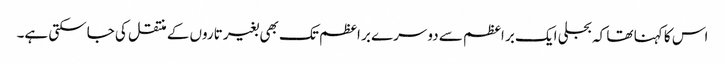
اس کا کہنا تھا کہ بجلی ایک بر اعظم سے دوسرے بر اعظم تک بھی بغیر تاروں کے منتقل کی جاسکتی ہے۔